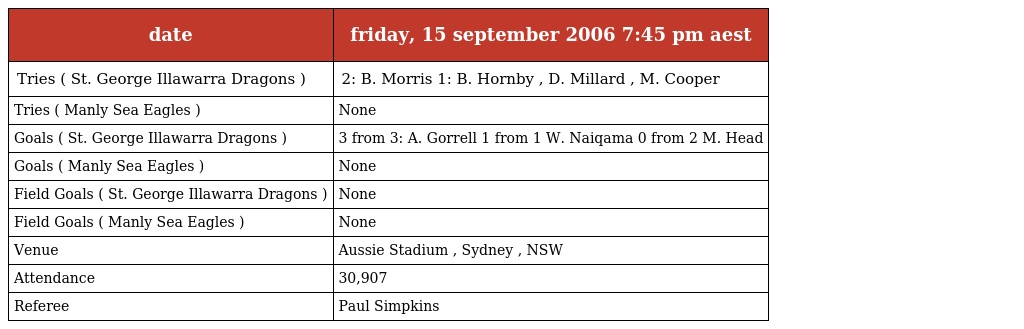
| date | friday, 15 september 2006 7:45 pm aest |
 | --- | --- |
 | Tries ( St. George Illawarra Dragons ) | 2: B. Morris 1: B. Hornby , D. Millard , M. Cooper |
 | Tries ( Manly Sea Eagles ) | None |
 | Goals ( St. George Illawarra Dragons ) | 3 from 3: A. Gorrell 1 from 1 W. Naiqama 0 from 2 M. Head |
 | Goals ( Manly Sea Eagles ) | None |
 | Field Goals ( St. George Illawarra Dragons ) | None |
 | Field Goals ( Manly Sea Eagles ) | None |
 | Venue | Aussie Stadium , Sydney , NSW |
 | Attendance | 30,907 |
 | Referee | Paul Simpkins |